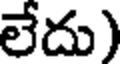
లేదు)